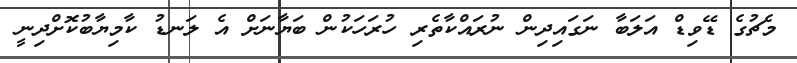
މެޗުގެ ޑޭވިޑް އަލަބާ ނަގައިދިން ނުރައްކާތެރި ހުރަހަކުން ބަޔާނަށް އެ ލަނޑު ކާމިޔާބުކޮށްދިނީ